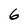
Character: 6